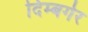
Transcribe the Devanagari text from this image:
दिम्बर्गर